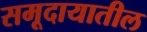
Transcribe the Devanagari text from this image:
समूदायातील